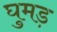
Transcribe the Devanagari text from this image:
घुमड़